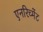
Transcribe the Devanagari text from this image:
एनरिच्मेंट